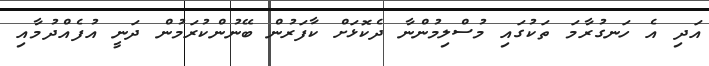
އަދި އެ ހަނގުރާމަ ތަކުގައި މުސްލިމުންނާ ދެކޮޅަށް ކާފަރުން ބޭނުންކުރަމުން ދަނީ އުފެއްދުމާއި